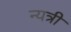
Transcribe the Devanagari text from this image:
न्यत्री